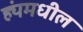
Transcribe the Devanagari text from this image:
ह्यंमधील